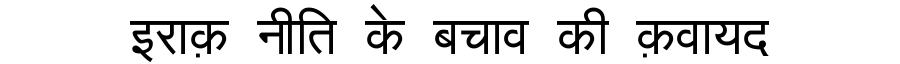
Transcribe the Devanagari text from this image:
इराक़ नीति के बचाव की क़वायद